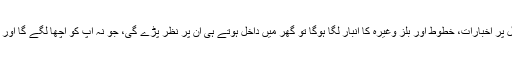
کچن کاؤنٹر اور ڈائننگ ٹیبل پر اخبارات، خطوط اور بلز وغیرہ کا انبار لگا ہوگا تو گھر میں داخل ہوتے ہی ان پر نظر پڑے گی، جو نہ آپ کو اچھا لگے گا اور نہ ہی آنے والے مہمان کو۔